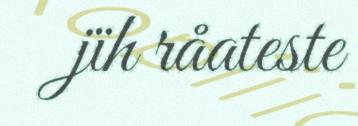
jïh råateste